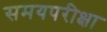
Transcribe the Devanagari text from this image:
समयपरीक्षा